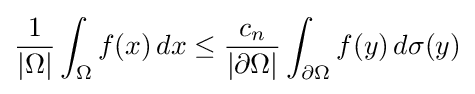
{\frac {1}{|\Omega |}}\int _{\Omega }f(x)\,dx\leq {\frac {c_{n}}{|\partial \Omega |}}\int _{\partial \Omega }f(y)\,d\sigma (y)